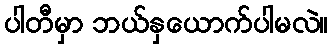
ပါတီမှာ ဘယ်နှယောက်ပါမလဲ။